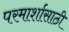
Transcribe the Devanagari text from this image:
परमार्शासाठी